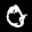
Label: 0